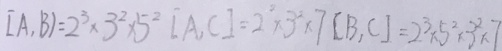
[ A , B ) = 2 ^ { 3 } \times 3 ^ { 2 } \times 5 ^ { 2 } [ A , C ] = 2 ^ { 2 } \times 3 ^ { 2 } \times 7 [ B , C ] = 2 ^ { 3 } \times 5 ^ { 2 } \times 3 ^ { 2 } \times 7